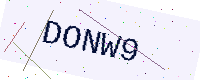
Text: DONW9